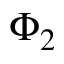
\Phi _ { 2 }